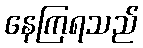
နေကြရသည်